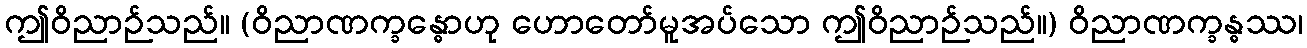
ဤဝိညာဉ်သည်။ (ဝိညာဏက္ခန္ဓောဟု ဟောတော်မူအပ်သော ဤဝိညာဉ်သည်။) ဝိညာဏက္ခန္ဓဿ၊